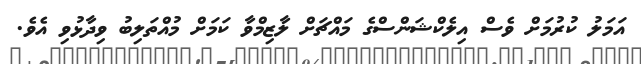
އަމަލު ކުރުމަށް ވެސް އިލެކްޝަންސްގެ މައްޗަށް ލާޒިމްވާ ކަމަށް މުއްތަލިބު ވިދާޅުވި އެވެ.